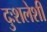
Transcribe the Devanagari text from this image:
दुःशलेशी